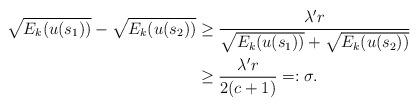
LaTeX: \begin{align*} \sqrt{E_k(u(s_1))}-\sqrt{E_k(u(s_2))} & \geq \frac{\lambda' r}{\sqrt{E_k(u(s_1))}+\sqrt{E_k(u(s_2))}} \\ & \geq \frac{\lambda' r}{2(c+1)} =: \sigma.\end{align*}